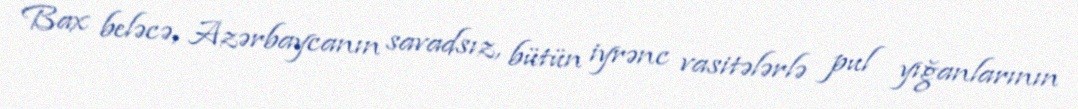
Bax beləcə, Azərbaycanın savadsız, bütün iyrənc vasitələrlə pul yığanlarının